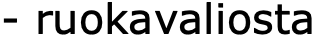
- ruokavaliosta